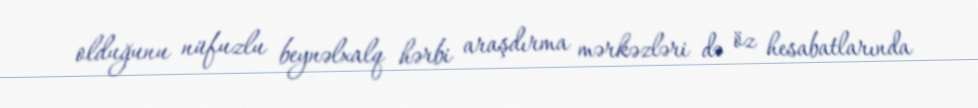
olduğunu nüfuzlu beynəlxalq hərbi araşdırma mərkəzləri də öz hesabatlarında